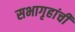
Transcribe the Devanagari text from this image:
सभागृहांची